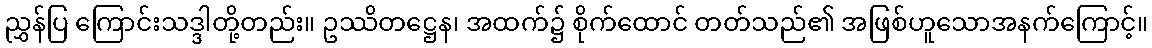
ညွှန်ပြ ကြောင်းသဒ္ဒါတို့တည်း။ ဥဿိတဋ္ဌေန၊ အထက်၌ စိုက်ထောင် တတ်သည်၏ အဖြစ်ဟူသောအနက်ကြောင့်။